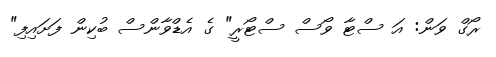
ރޯގް ވަން: އަ ސްޓާ ވޯސް ސްޓޯރީ" ގެ އެޑްވާންސް ބުކިން ފަށައިފި"